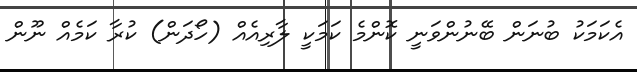
އެކަމަކު ބުނަން ބޭނުންވަނީ ކޮންމެ ކަމަކީ ލާރިއެއް (ހޯދަން) ކުރާ ކަމެއް ނޫން